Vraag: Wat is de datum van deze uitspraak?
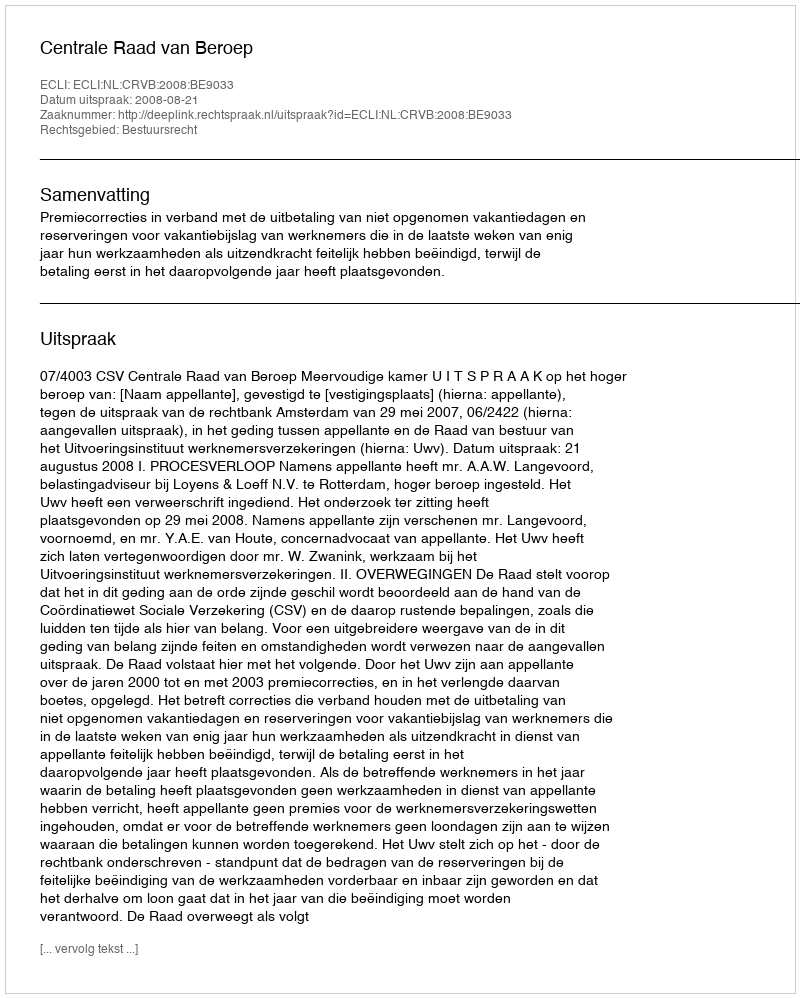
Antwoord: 2008-08-21